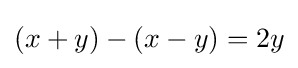
(x+y)-(x-y)=2y